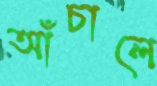
আঁচালে